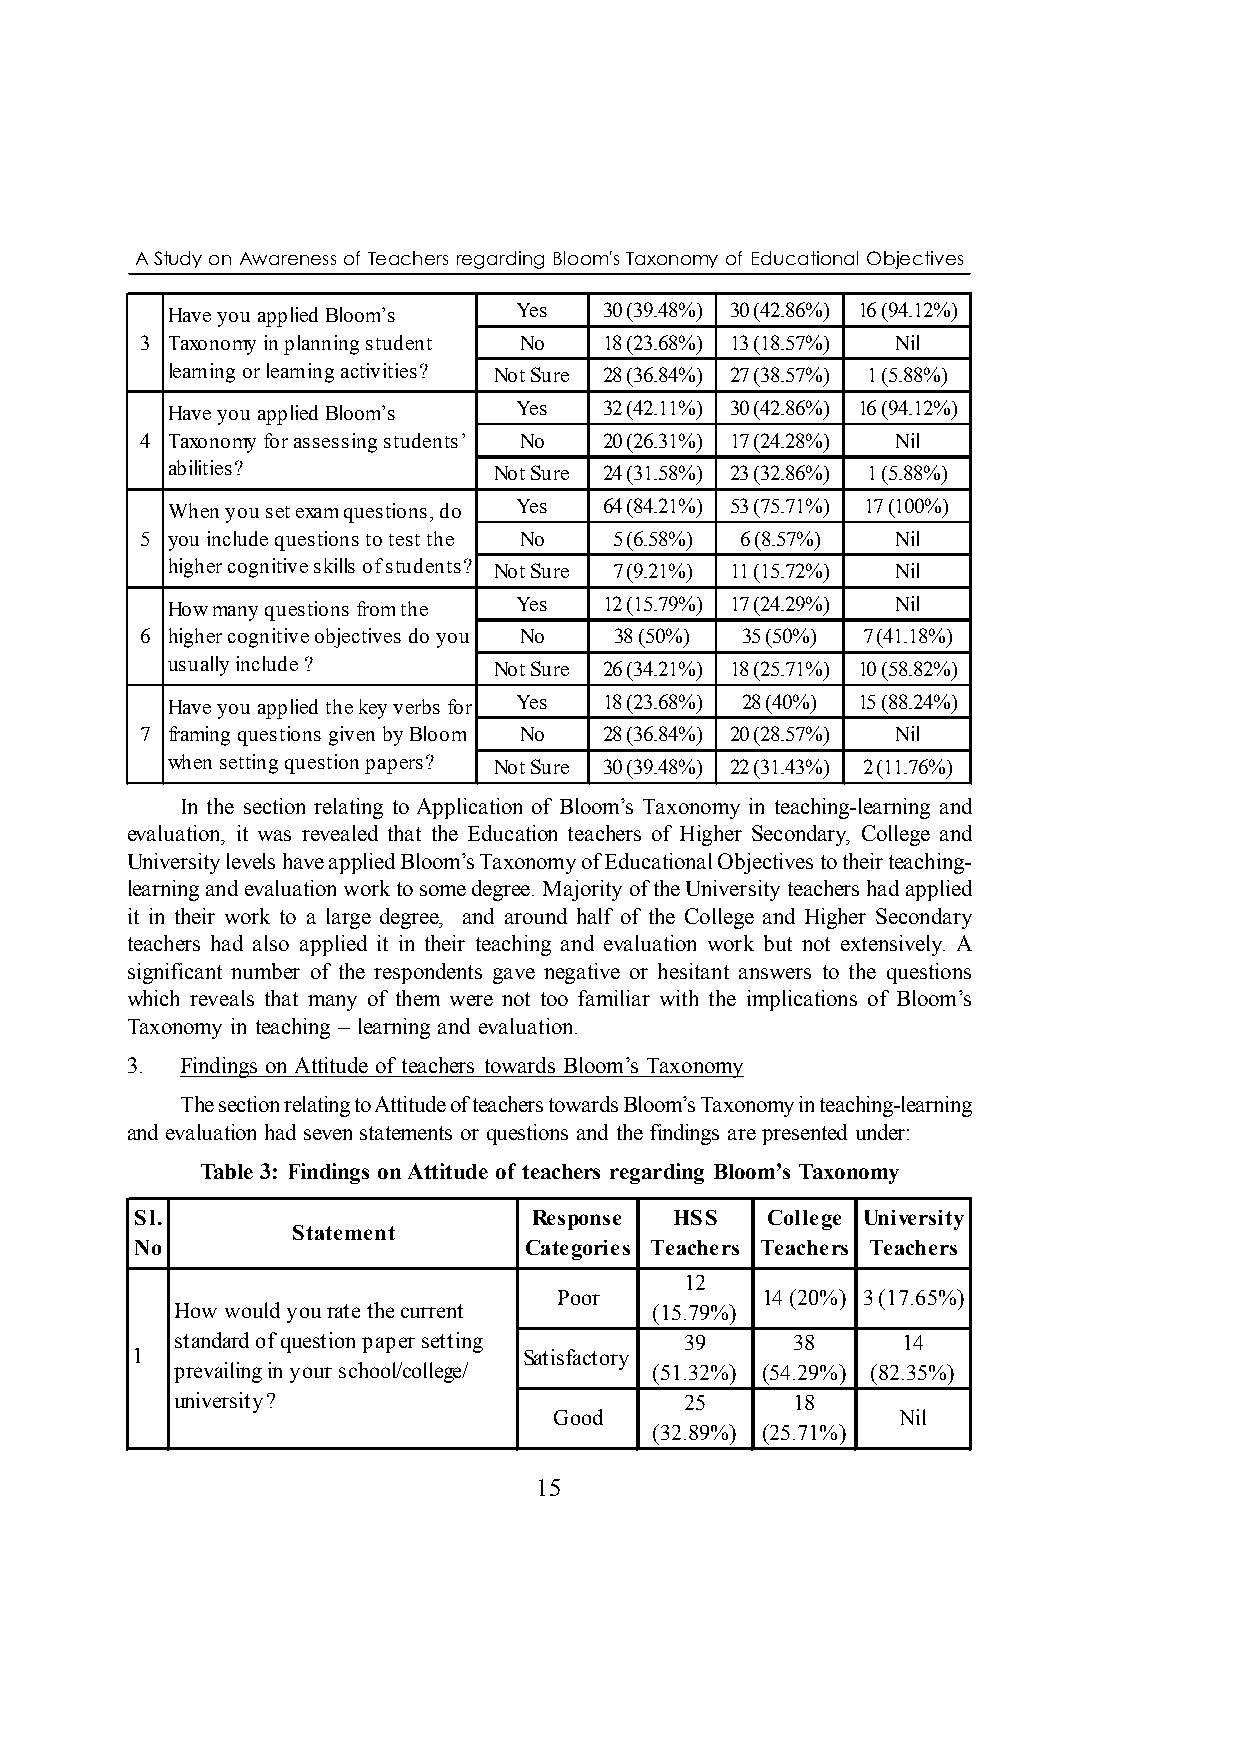
A Study on Awareness of Teachers regarding Bloom's Taxonomy of Educational Objectives
 Have you applied Bloom’s Yes 30 (39.48%) 30 (42.86%) 16 (94.12%)
 3 Taxonomy in planning student No 18 (23.68%) 13 (18.57%) Nil
 learning or learning activities? Not Sure 28 (36.84%) 27 (38.57%) 1 (5.88%)
 Have you applied Bloom’s Yes 32 (42.11%) 30 (42.86%) 16 (94.12%)
 4 Taxonomy for assessing students’ No 20 (26.31%) 17 (24.28%) Nil
 abilities?            Not Sure 24 (31.58%) 23 (32.86%) 1 (5.88%)
 When you set exam questions, do Yes 64 (84.21%) 53 (75.71%) 17 (100%)
 5 you include questions to test the No 5 (6.58%) 6 (8.57%) Nil
 higher cognitive skills of students? Not Sure 7 (9.21%) 11 (15.72%) Nil
 How many questions from the Yes 12 (15.79%) 17 (24.29%) Nil
 6 higher cognitive objectives do you No 38 (50%) 35 (50%) 7 (41.18%)
 usually include ?     Not Sure 26 (34.21%) 18 (25.71%) 10 (58.82%)
 Have you applied the key verbs for Yes 18 (23.68%) 28 (40%) 15 (88.24%)
 7 framing questions given by Bloom No 28 (36.84%) 20 (28.57%) Nil
 when setting question papers? Not Sure 30 (39.48%) 22 (31.43%) 2 (11.76%)
 In the section relating to Application of Bloom’s Taxonomy in teaching-learning and
 evaluation, it was revealed that the Education teachers of Higher Secondary, College and
 University levels have applied Bloom’s Taxonomy of Educational Objectives to their teaching-
 learning and evaluation work to some degree. Majority of the University teachers had applied
 it in their work to a large degree, and around half of the College and Higher Secondary
 teachers had also applied it in their teaching and evaluation work but not extensively. A
 significant number of the respondents gave negative or hesitant answers to the questions
 which reveals that many of them were not too familiar with the implications of Bloom’s
 Taxonomy in teaching – learning and evaluation.
 3.  Findings on Attitude of teachers towards Bloom’s Taxonomy
 The section relating to Attitude of teachers towards Bloom’s Taxonomy in teaching-learning
 and evaluation had seven statements or questions and the findings are presented under:
 Table 3: Findings on Attitude of teachers regarding Bloom’s Taxonomy
 Sl.                       Response  HSS   College University
 Statement
 No                        Categories Teachers Teachers Teachers
 12
 Poor         14 (20%) 3 (17.65%)
 How would you rate the current  (15.79%)
 standard of question paper setting 39    38      14
 1                         Satisfactory
 prevailing in your school/college/ (51.32%) (54.29%) (82.35%)
 university?                       25     18
 Good                  Nil
 (32.89%) (25.71%)
 15